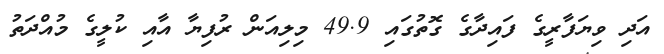
އަދި ވިޔަފާރީގެ ފައިދާގެ ގޮތުގައި 49.9 މިލިއަން ރުފިޔާ އާއި ކުލީގެ މުއްދަތު